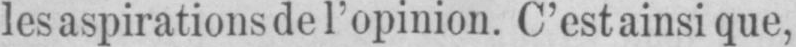
les aspirations de l’opinion. C’est ainsi que,